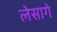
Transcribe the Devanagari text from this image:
लेसागे